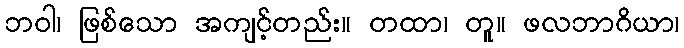
ဘဝါ၊ ဖြစ်သော အကျင့်တည်း။ တထာ၊ တူ။ ဖလဘာဂိယာ၊